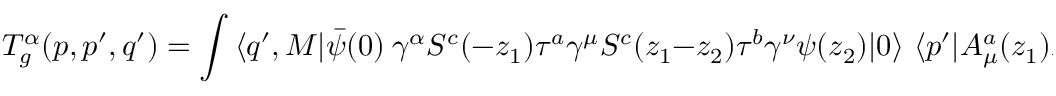
T _ { g } ^ { \alpha } ( p , p ^ { \prime } , q ^ { \prime } ) = \int \, \langle q ^ { \prime } , M | \bar { \psi } ( 0 ) \ \gamma ^ { \alpha } S ^ { c } ( - z _ { 1 } ) \tau ^ { a } \gamma ^ { \mu } S ^ { c } ( z _ { 1 } - z _ { 2 } ) \tau ^ { b } \gamma ^ { \nu } \psi ( z _ { 2 } ) | 0 \rangle \, \, \langle p ^ { \prime } | A _ { \mu } ^ { a } ( z _ { 1 } ) A _ { \nu } ^ { b } ( z _ { 2 } ) | p \rangle \, d ^ { 4 } z _ { 1 } d ^ { 4 } z _ { 2 } \, ,